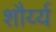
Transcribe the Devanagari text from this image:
शौर्य्य